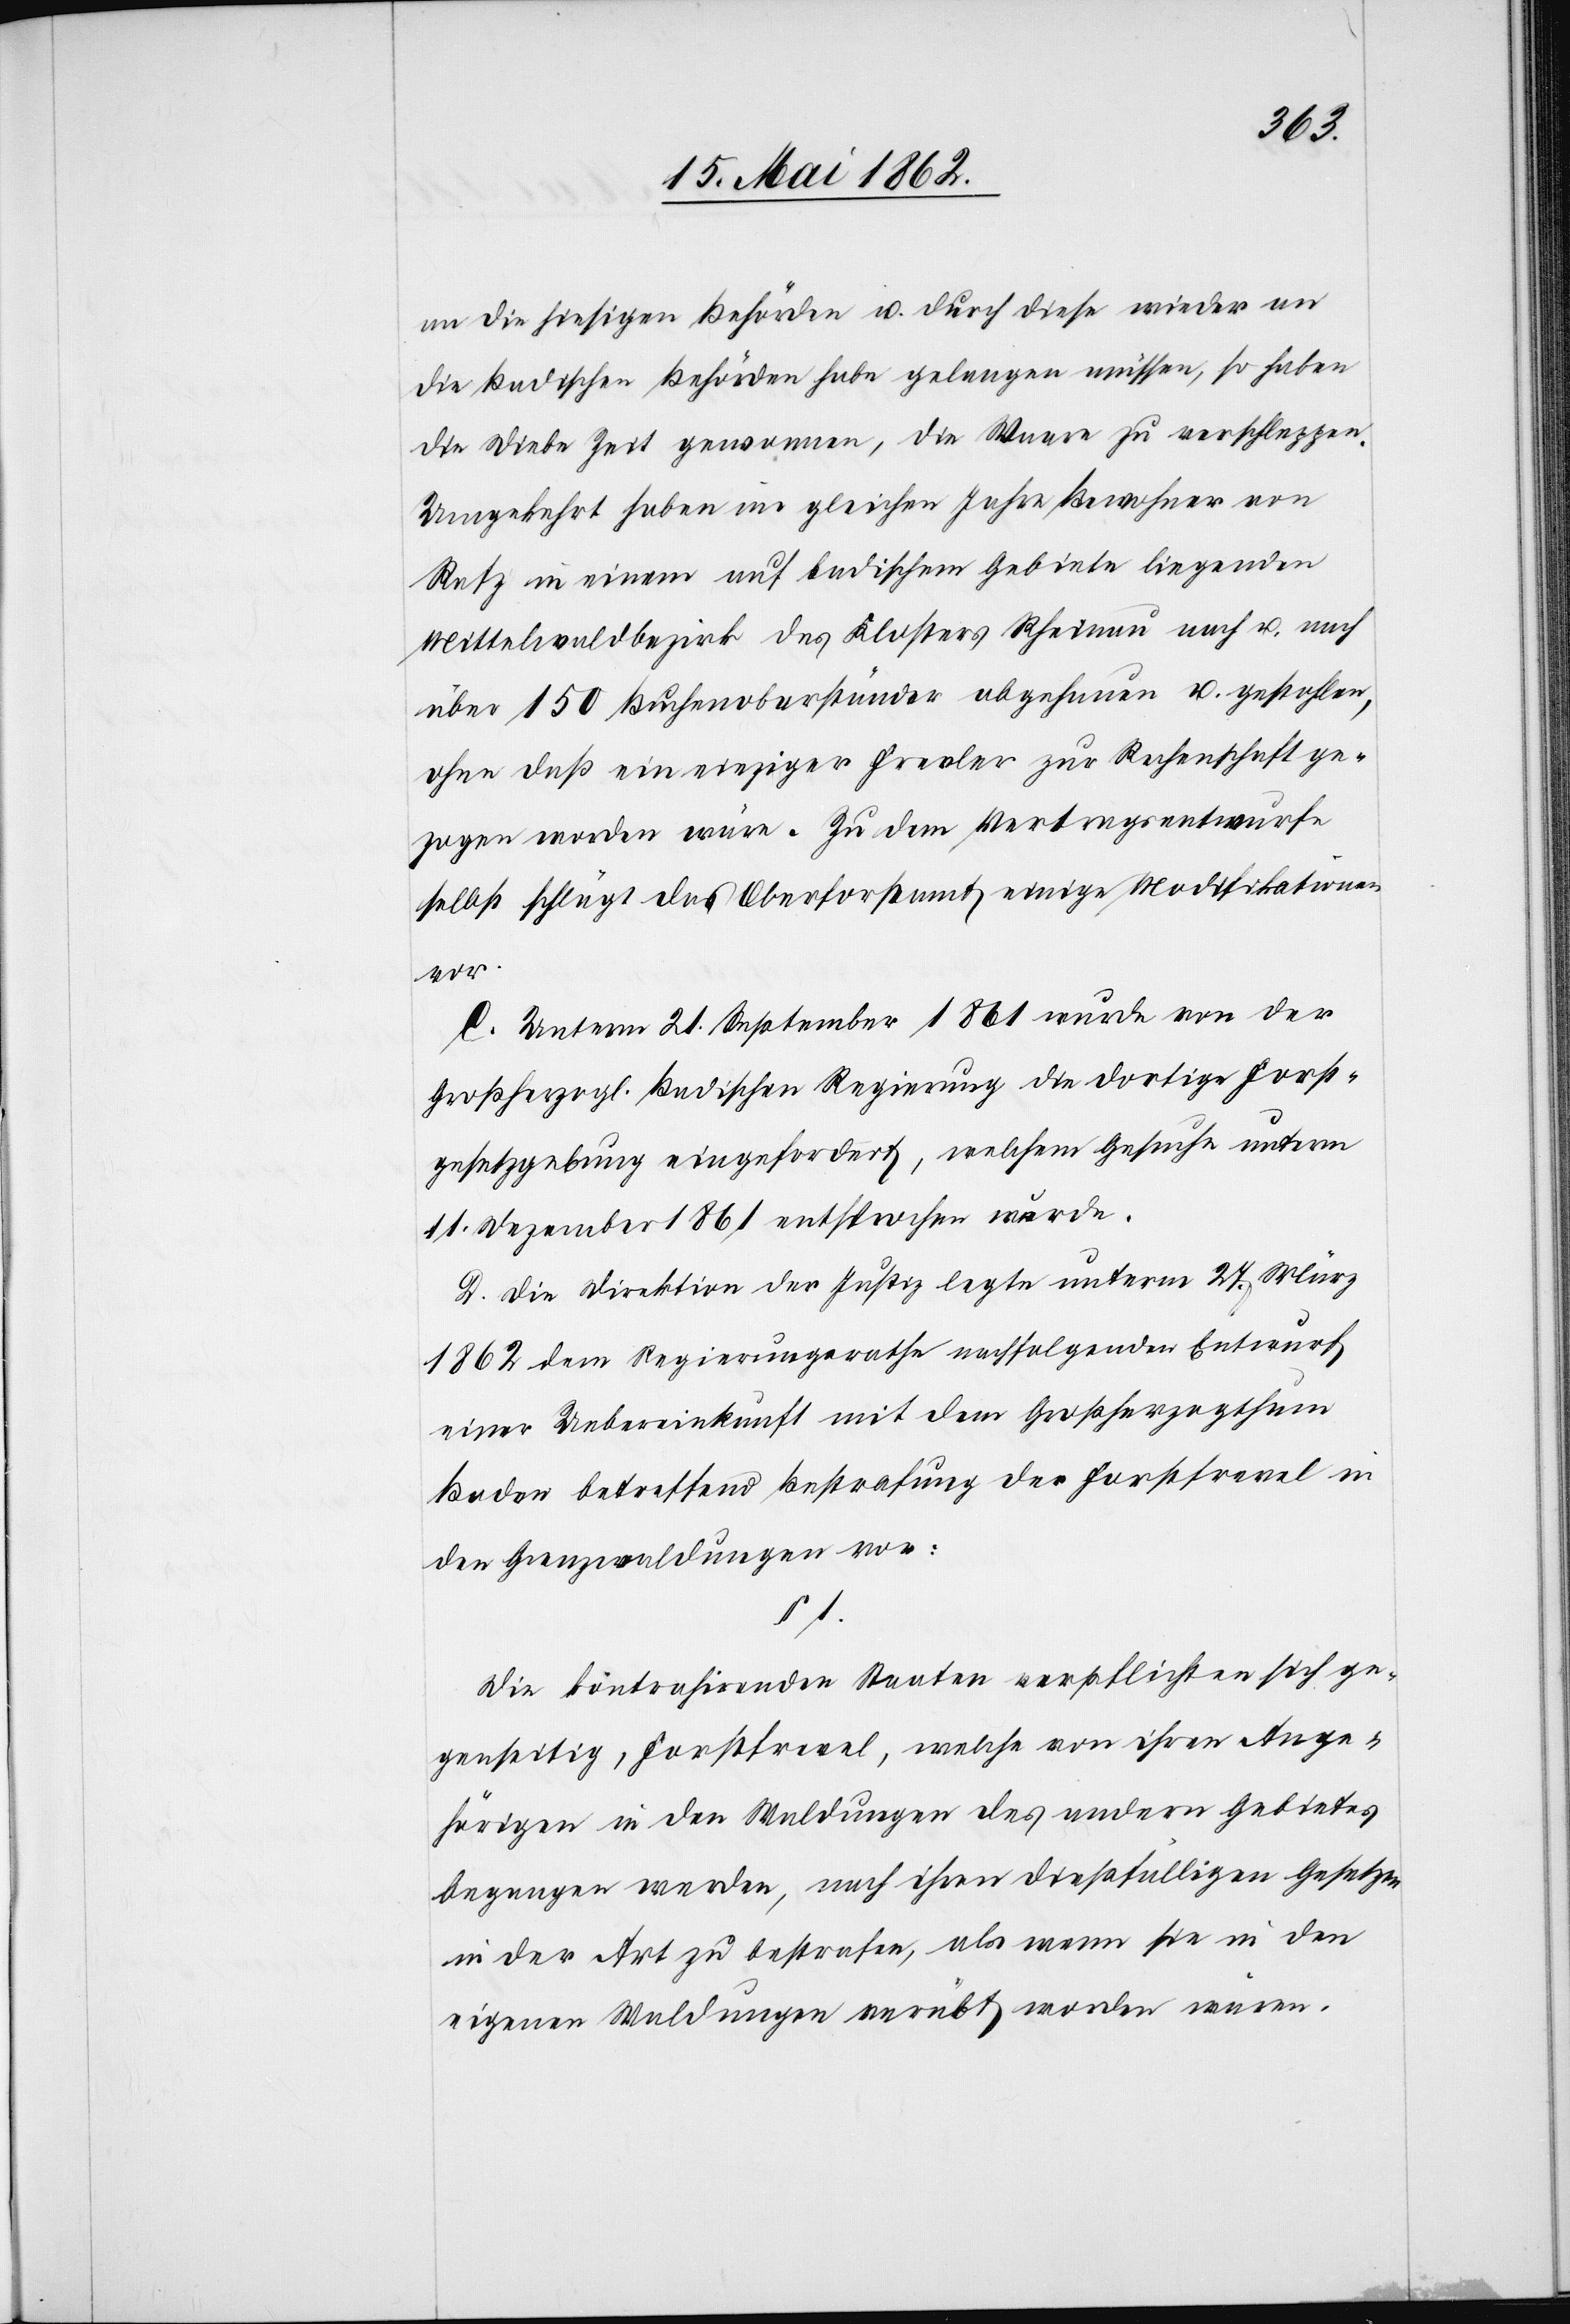
an die hiesigen Behörden u. durch diese wieder an
die Badischen Behörden habe gelangen müssen, so haben
die Diebe Zeit gewonnen, die Waare zu verschleppen.
Umgekehrt haben im gleichen Jahre Bewohner von
Rafz in einem auf badischem Gebiete liegenden
Mittelwaldbezirk des Klosters Rheinau nach u. nach
über 150 Buchenoberständer abgehauen u. gestohlen,
ohne daß ein einziger Frevler zur Rechenschaft ge¬
zogen worden wäre. Zu dem Vertragsentwurfe
selbst schlägt das Oberforstamt einige Modifikationen
vor.
C. Unterm 21. September 1861 wurde von der
Großherzogl. Badischen Regierung die dortige Forst¬
gesetzgebung eingefordert, welchem Gesuche unterm
11. Dezember 1861 entsprochen wurde.
D. Die Direktion der Justiz legte unterm 27. März
1862 dem Regierungsrathe nachfolgenden Entwurf
einer Uebereinkunft mit dem Großherzogthum
Baden betreffend Bestrafung der Forstfrevel in
den Grenzwaldungen vor:
§ 1.
Die kontrahirenden Staaten verpflichten sich ge¬
genseitig, Forstfrevel, welche von ihren Ange¬
hörigen in den Waldungen des andern Gebietes
begangen werden, nach ihren dießfälligen Gesetzen
in der Art zu bestrafen, als wenn sie in den
eigenen Waldungen verübt worden wären.